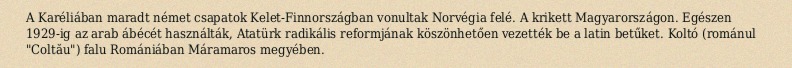
A Karéliában maradt német csapatok Kelet-Finnországban vonultak Norvégia felé. A krikett Magyarországon. Egészen 1929-ig az arab ábécét használták, Atatürk radikális reformjának köszönhetően vezették be a latin betűket. Koltó (románul "Coltău") falu Romániában Máramaros megyében.